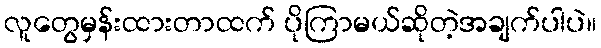
လူတွေမှန်းထားတာထက် ပိုကြာမယ်ဆိုတဲ့အချက်ပါပဲ။